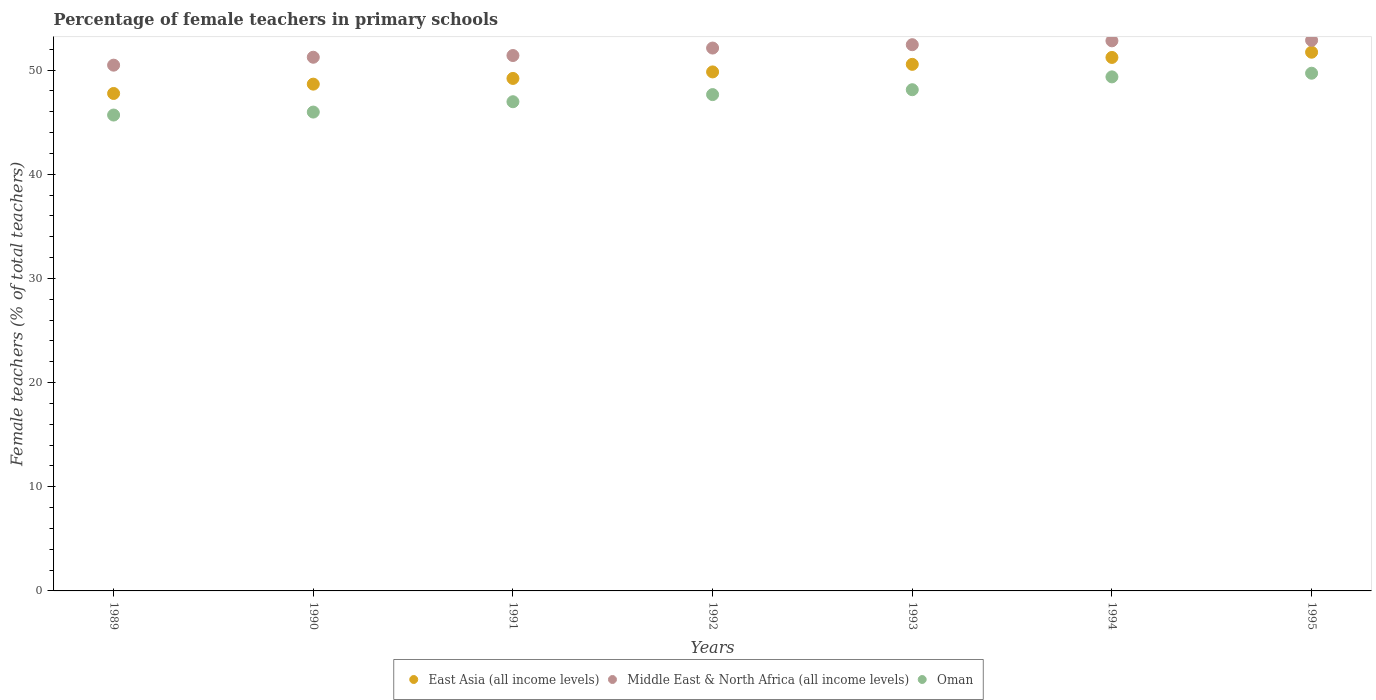
| Years | East Asia (all income levels) | Middle East & North Africa (all income levels) | Oman |
 | --- | --- | --- | --- |
 | 1989 | 47.8 | 50.5 | 45.7 |
 | 1990 | 48.7 | 51.2 | 46 |
 | 1991 | 49.2 | 51.4 | 47 |
 | 1992 | 49.8 | 52.1 | 47.7 |
 | 1993 | 50.6 | 52.4 | 48.1 |
 | 1994 | 51.2 | 52.8 | 49.4 |
 | 1995 | 51.7 | 52.9 | 49.7 |